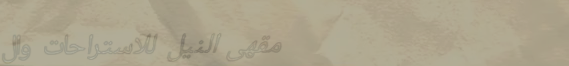
مقهى النيل للاستراحات وال